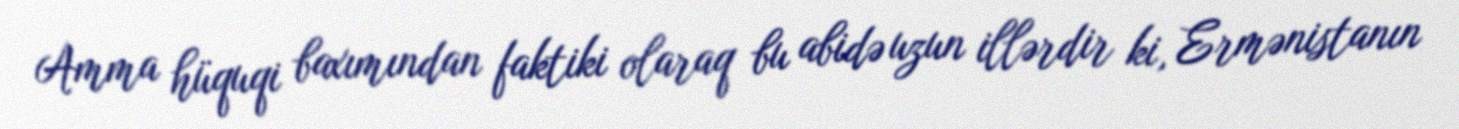
Amma hüquqi baxımından faktiki olaraq bu abidə uzun illərdir ki, Ermənistanın